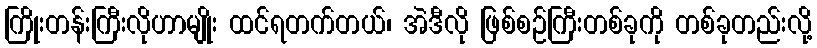
ကြိုးတန်းကြီးလိုဟာမျိုး ထင်ရတက်တယ်၊ အဲဒီလို ဖြစ်စဉ်ကြီးတစ်ခုကို တစ်ခုတည်းလို့